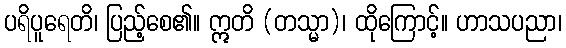
ပရိပူရေတိ၊ ပြည့်စေ၏။ ဣတိ (တသ္မာ)၊ ထိုကြောင့်။ ဟာသပညာ၊